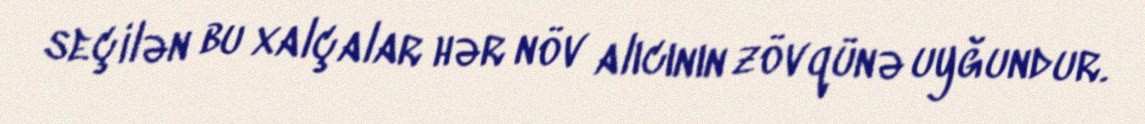
seçilən bu xalçalar hər növ alıcının zövqünə uyğundur.